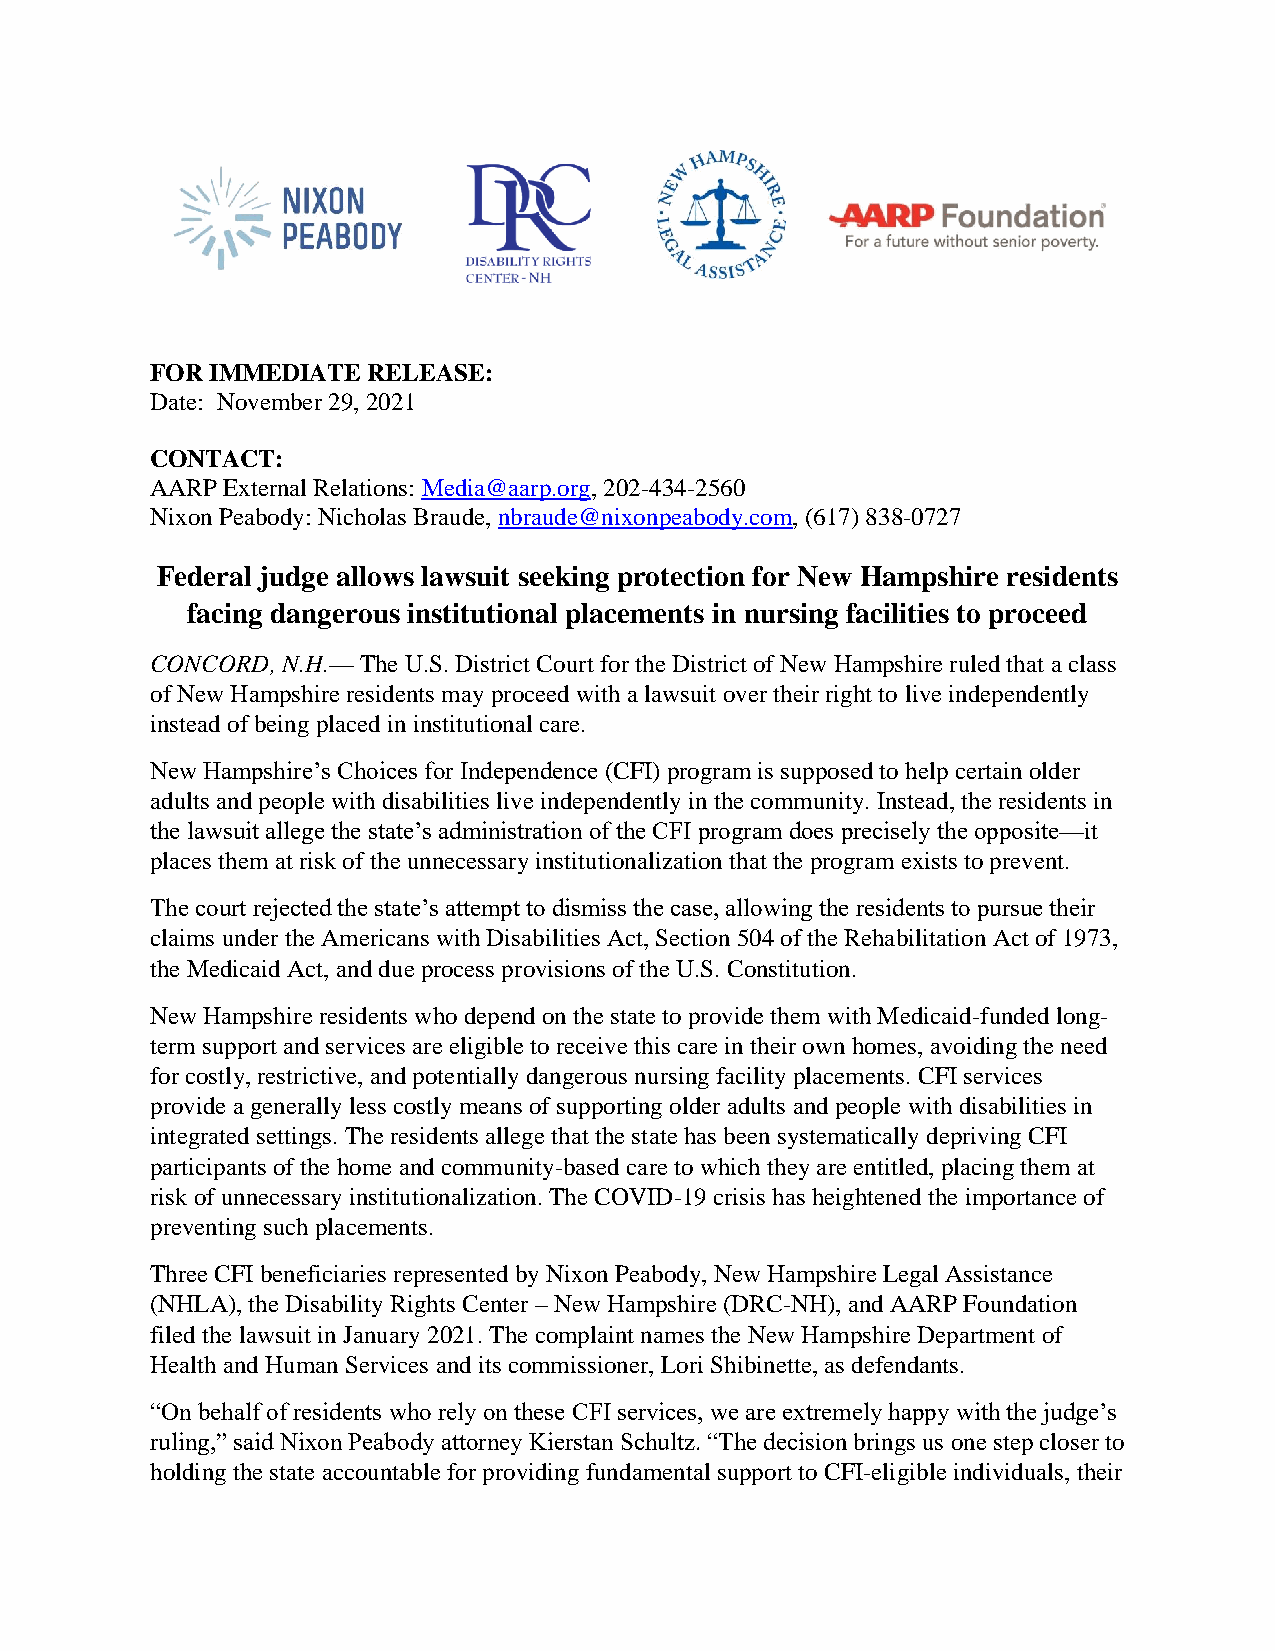
FOR IMMEDIATE RELEASE:
 Date: November 29, 2021
 CONTACT:
 AARP External Relations: Media@aarp.org, 202-434-2560
 Nixon Peabody: Nicholas Braude, nbraude@nixonpeabody.com, (617) 838-0727
 Federal judge allows lawsuit seeking protection for New Hampshire residents
 facing dangerous institutional placements in nursing facilities to proceed
 CONCORD, N.H.— The U.S. District Court for the District of New Hampshire ruled that a class
 of New Hampshire residents may proceed with a lawsuit over their right to live independently
 instead of being placed in institutional care.
 New Hampshire’s Choices for Independence (CFI) program is supposed to help certain older
 adults and people with disabilities live independently in the community. Instead, the residents in
 the lawsuit allege the state’s administration of the CFI program does precisely the opposite—it
 places them at risk of the unnecessary institutionalization that the program exists to prevent.
 The court rejected the state’s attempt to dismiss the case, allowing the residents to pursue their
 claims under the Americans with Disabilities Act, Section 504 of the Rehabilitation Act of 1973,
 the Medicaid Act, and due process provisions of the U.S. Constitution.
 New Hampshire residents who depend on the state to provide them with Medicaid-funded long-
 term support and services are eligible to receive this care in their own homes, avoiding the need
 for costly, restrictive, and potentially dangerous nursing facility placements. CFI services
 provide a generally less costly means of supporting older adults and people with disabilities in
 integrated settings. The residents allege that the state has been systematically depriving CFI
 participants of the home and community-based care to which they are entitled, placing them at
 risk of unnecessary institutionalization. The COVID-19 crisis has heightened the importance of
 preventing such placements.
 Three CFI beneficiaries represented by Nixon Peabody, New Hampshire Legal Assistance
 (NHLA), the Disability Rights Center – New Hampshire (DRC-NH), and AARP Foundation
 filed the lawsuit in January 2021. The complaint names the New Hampshire Department of
 Health and Human Services and its commissioner, Lori Shibinette, as defendants.
 “On behalf of residents who rely on these CFI services, we are extremely happy with the judge’s
 ruling,” said Nixon Peabody attorney Kierstan Schultz. “The decision brings us one step closer to
 holding the state accountable for providing fundamental support to CFI-eligible individuals, their